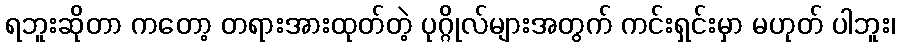
ရဘူးဆိုတာ ကတော့ တရားအားထုတ်တဲ့ ပုဂ္ဂိုလ်များအတွက် ကင်းရှင်းမှာ မဟုတ် ပါဘူး၊